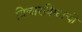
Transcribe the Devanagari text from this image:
विचारविश्वाची